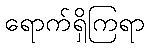
ရောက်ရှိကြရာ